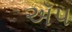
ઍપ